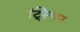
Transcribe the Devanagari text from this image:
ट्स्चिप